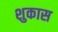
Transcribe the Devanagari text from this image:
शुकास